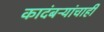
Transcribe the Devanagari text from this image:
कादंबऱ्यांचाही